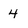
Character: 4